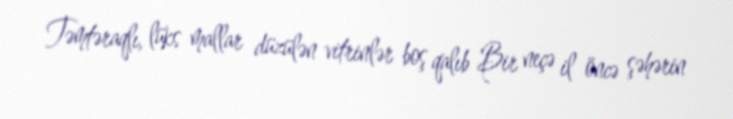
Təmtəraqlı, lüks mallar düzülən vitrinlər boş qalıb Bir neçə il öncə şəhərin